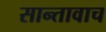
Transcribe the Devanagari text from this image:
सान्तावाच